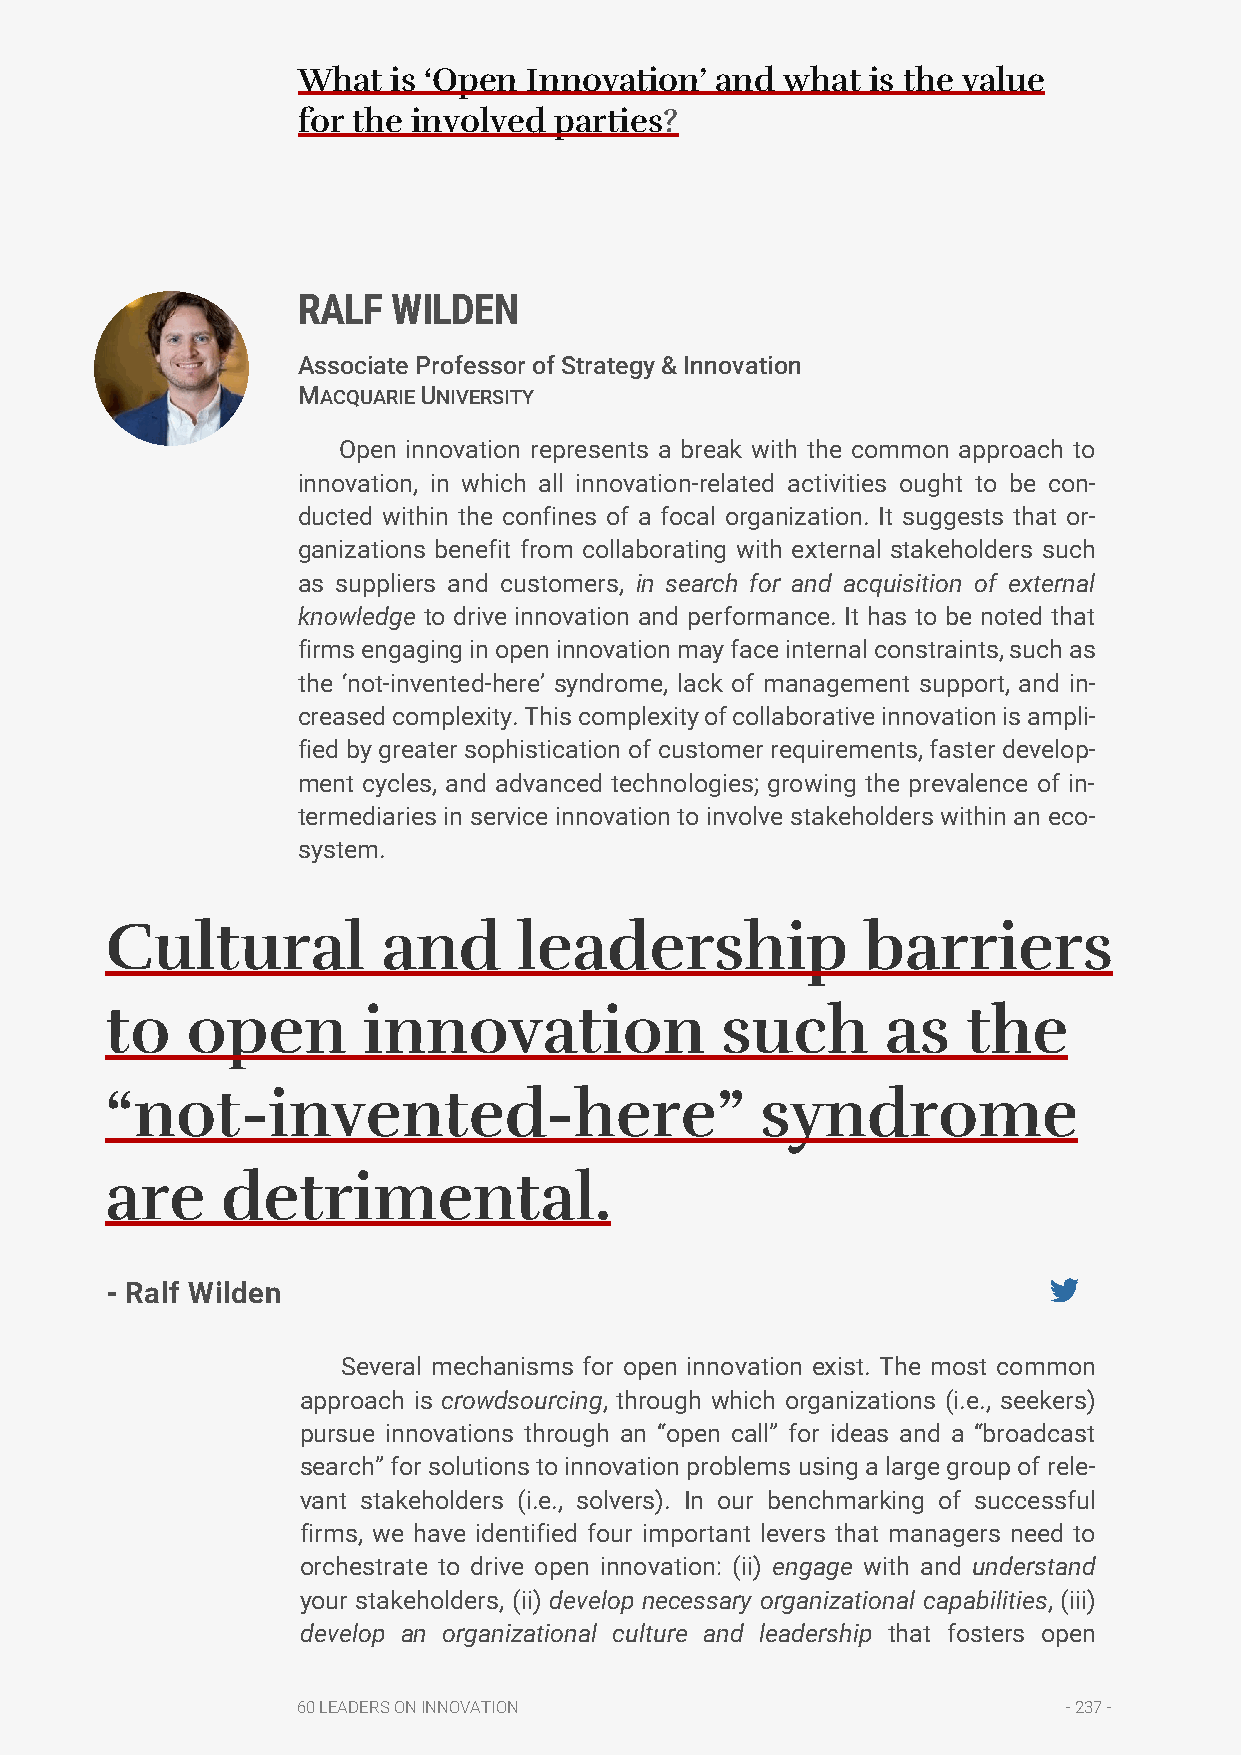
What  is ‘Open Innovation’ and  what  is the value
 for the involved parties?
 RALF  WILDEN
 Associate Professor of Strategy & Innovation
 MACQUARIE UNIVERSITY
 Open innovation represents a break with the common approach to
 innovation, in which all innovation-related activities ought to be con-
 ducted within the confines of a focal organization. It suggests that or-
 ganizations benefit from collaborating with external stakeholders such
 as suppliers and customers, in search for and acquisition of external
 knowledge to drive innovation and performance. It has to be noted that
 firms engaging in open innovation may face internal constraints, such as
 the ‘not-invented-here’ syndrome, lack of management support, and in-
 creased complexity. This complexity of collaborative innovation is ampli-
 fied by greater sophistication of customer requirements, faster develop-
 ment cycles, and advanced technologies; growing the prevalence of in-
 termediaries in service innovation to involve stakeholders within an eco-
 system.
 Cultural          and      leadership             barriers
 to   open        innovation              such       as   the
 “not-invented-here”                        syndrome
 are     detrimental.
 - Ralf Wilden
 Several mechanisms for open innovation exist. The most common
 approach is crowdsourcing, through which organizations (i.e., seekers)
 pursue innovations through an “open call” for ideas and a “broadcast
 search” for solutions to innovation problems using a large group of rele-
 vant stakeholders (i.e., solvers). In our benchmarking of successful
 firms, we have identified four important levers that managers need to
 orchestrate to drive open innovation: (ii) engage with and understand
 your stakeholders, (ii) develop necessary organizational capabilities, (iii)
 develop an organizational culture and leadership that fosters open
 60 LEADERS ON INNOVATION                           - 237 -